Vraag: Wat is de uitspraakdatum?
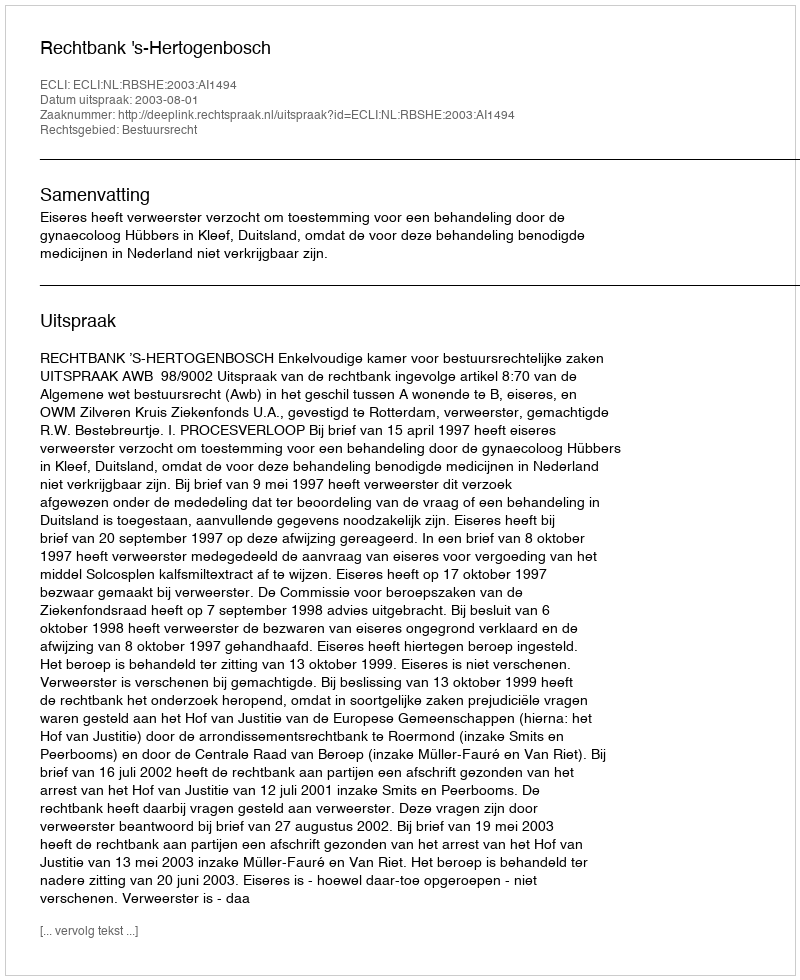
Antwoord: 2003-08-01